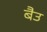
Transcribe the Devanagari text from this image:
बैउ